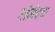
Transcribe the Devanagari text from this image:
गोमेदक